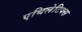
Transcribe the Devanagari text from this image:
एथिलेटिक्स